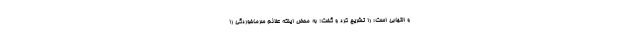
و التهابی است؛ را تشریح کرد و گفت: به محض اینکه علائم سرماخوردگی را